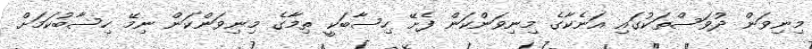
މިނިވަން ދުވަސްތަކުގައި އަނެކާގެ މިނިވަންކަން ފެށޭ ހިސާބަކީ ތިމާގެ މިނިވަންކަން ނިމޭ ހިސާބުކަމަށް